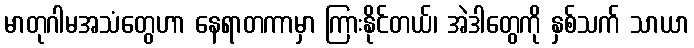
မာတုဂါမအသံတွေဟာ နေရာတကာမှာ ကြားနိုင်တယ်၊ အဲဒါတွေကို နှစ်သက် သာယာ